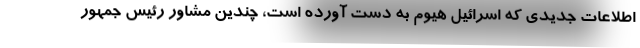
اطلاعات جدیدی که اسرائیل هیوم به دست آورده است، چندین مشاور رئیس جمهور